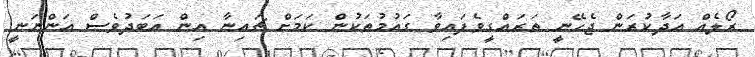
ރޯލެއް އަދާކުރަން ޖެހޭނީ ތަރައްގީވެފައިވާ ގައުމުތަކުން ކަމަށް ޗައިނާ އިން އަބަދުވެސް އަންނަނީ